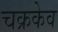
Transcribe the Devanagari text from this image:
चक्रकेव